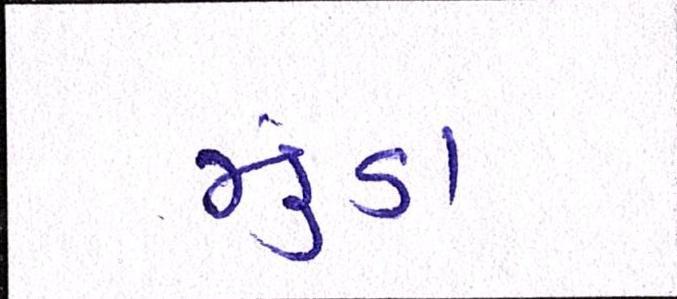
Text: મુંડા